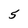
Character: 5